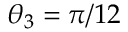
\theta _ { 3 } = \pi / 1 2